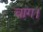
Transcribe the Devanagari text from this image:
चांग।